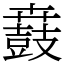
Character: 鼖